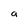
Character: a